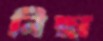
নিছা